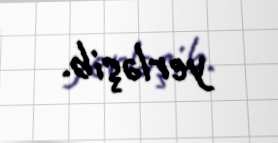
yerləşib.